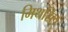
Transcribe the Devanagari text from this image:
मिथरिल